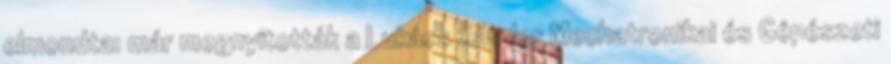
elmondta: már megnyitották a Lukács Sándor Mechatronikai és Gépészeti